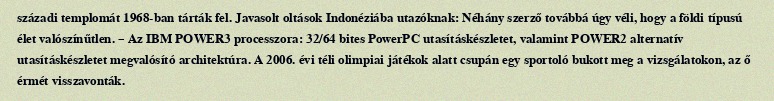
századi templomát 1968-ban tárták fel. Javasolt oltások Indonéziába utazóknak: Néhány szerző továbbá úgy véli, hogy a földi típusú élet valószínűtlen. – Az IBM POWER3 processzora: 32/64 bites PowerPC utasításkészletet, valamint POWER2 alternatív utasításkészletet megvalósító architektúra. A 2006. évi téli olimpiai játékok alatt csupán egy sportoló bukott meg a vizsgálatokon, az ő érmét visszavonták.